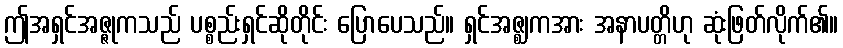
ဤအရှင်အဇ္ဇုကသည် ပစ္စည်းရှင်ဆိုတိုင်း ပြောပေသည်။ ရှင်အဇ္ဈကအား အနာပတ္တိဟု ဆုံးဖြတ်လိုက်၏။